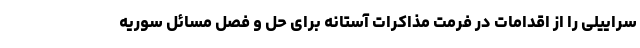
سراییلی را از اقدامات در فرمت مذاکرات آستانه برای حل و فصل مسائل سوریه